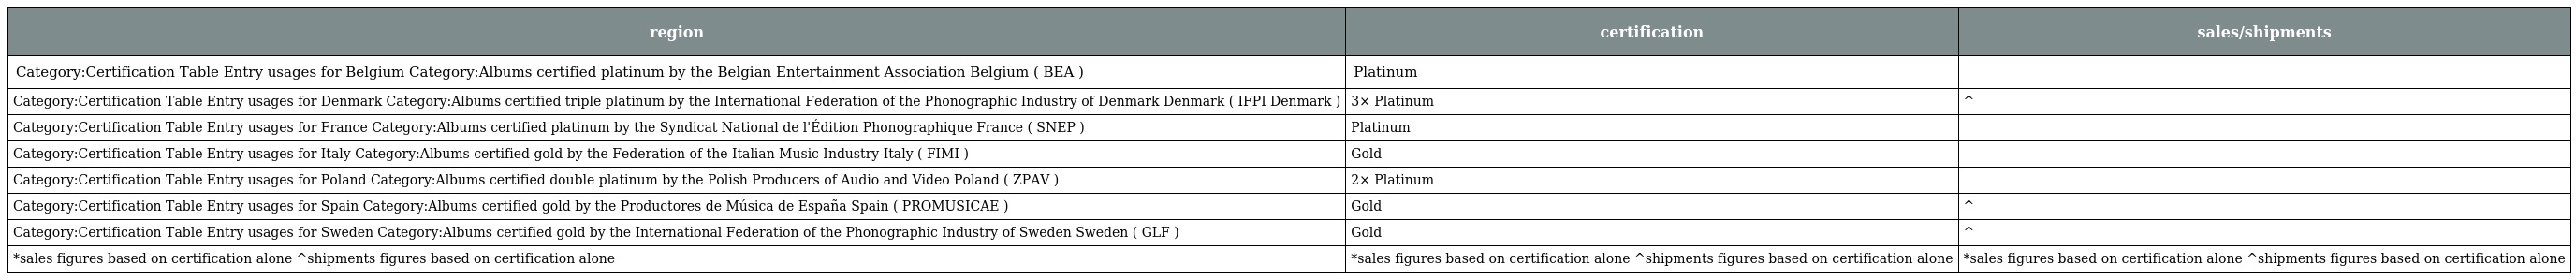
| region | certification | sales/shipments |
 | --- | --- | --- |
 | Category:Certification Table Entry usages for Belgium Category:Albums certified platinum by the Belgian Entertainment Association Belgium ( BEA ) | Platinum |  |
 | Category:Certification Table Entry usages for Denmark Category:Albums certified triple platinum by the International Federation of the Phonographic Industry of Denmark Denmark ( IFPI Denmark ) | 3× Platinum | ^ |
 | Category:Certification Table Entry usages for France Category:Albums certified platinum by the Syndicat National de l'Édition Phonographique France ( SNEP ) | Platinum |  |
 | Category:Certification Table Entry usages for Italy Category:Albums certified gold by the Federation of the Italian Music Industry Italy ( FIMI ) | Gold |  |
 | Category:Certification Table Entry usages for Poland Category:Albums certified double platinum by the Polish Producers of Audio and Video Poland ( ZPAV ) | 2× Platinum |  |
 | Category:Certification Table Entry usages for Spain Category:Albums certified gold by the Productores de Música de España Spain ( PROMUSICAE ) | Gold | ^ |
 | Category:Certification Table Entry usages for Sweden Category:Albums certified gold by the International Federation of the Phonographic Industry of Sweden Sweden ( GLF ) | Gold | ^ |
 | *sales figures based on certification alone ^shipments figures based on certification alone | *sales figures based on certification alone ^shipments figures based on certification alone | *sales figures based on certification alone ^shipments figures based on certification alone |